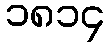
၁၈၁၄